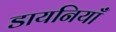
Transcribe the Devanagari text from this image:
डायनियाँ